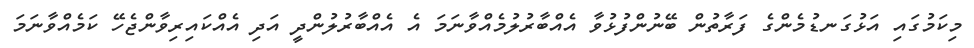
މިކަމުގައި އަޅުގަނޑުމެންގެ ފަރާތުން ބޭނުންފުޅުވާ އެއްބާރުލުމެއްވާނަމަ އެ އެއްބާރުލުންދީ އަދި އެއްކައިރިވާންޖެހޭ ކަމެއްވާނަމަ